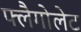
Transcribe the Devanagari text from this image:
फ्लैगोलेट